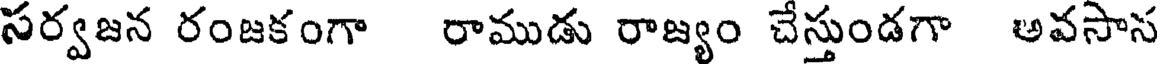
సర్వజన రంజకంగా రాముడు రాజ్యం చేస్తుండగా అవసాస